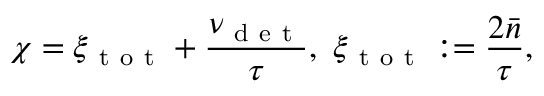
\chi = \xi _ { \mathrm { ~ t ~ o ~ t ~ } } + \frac { \nu _ { \mathrm { ~ d ~ e ~ t ~ } } } { \tau } , ~ \xi _ { \mathrm { ~ t ~ o ~ t ~ } } : = \frac { 2 \bar { n } } { \tau } ,